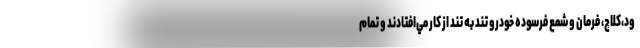
ود،كلاچ، فرمان و شمع فرسوده خودرو تند به تند از كار مي‌افتادند و تمام